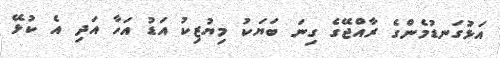
އަޅުގަނޑުމެންގެ ރާއްޖޭގެ ގިނަ ބަޔަކު މިޔުޒިކު އަޑު އަހާ އަދި އެ ކުޅޭ